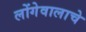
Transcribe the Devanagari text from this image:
लोंगेवालाचे